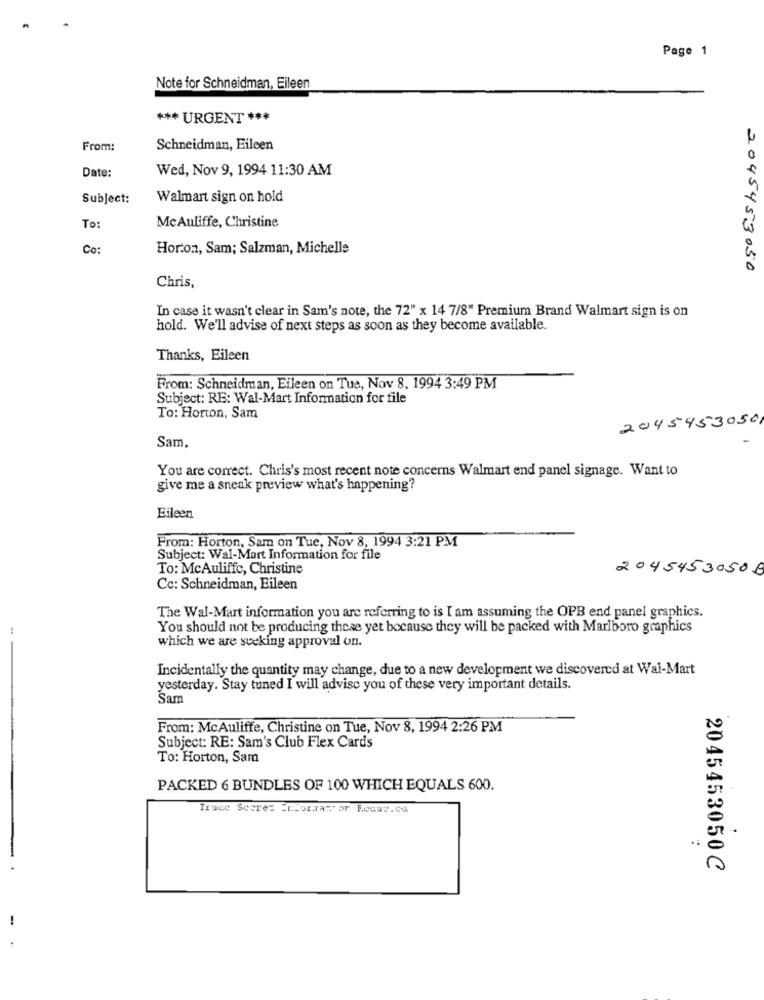
Page 1
Note for Schneidman, Eileen
*** URGENT ***
From:
Schneidman, Eileen
Date:
Wed, Nov 9, 1994 11:30 AM
Subject:
Walmart sign on hold
McAuliffe, Christine
To:
Co:
Horton, Sam; Salzman, Michelle
2045453050
Chris,
In case it wasn't clear in Sam's note, the 72" x 14 7/8" Premium Brand Walmart sign is on
hold. We'll advise of next steps as soon as they become available.
Thanks, Eileen
From: Schneidman, Eileen on Tue, Nov 8, 1994 3:49 PM
Subject: RE: Wal-Mart Information for file
To: Horton, Sam
2045453050
Sam,
You are correct. Chris's most recent note concerns Walmart end panel signage. Want to
give me a sneak preview what's happening?
Eileen
From: Horton, Sam on Tue, Nov 8, 1994 3:21 PM
Subject: Wal-Mart Information for file
To: McAuliffe, Christine
20454530508
Cc: Schneidman, Eileen
The Wal-Mart information you are referring to is I am assuming the OPB end panel graphics.
You should not be producing these yet because they will be packed with Marlboro graphics
which we are seeking approval on.
Incidentally the quantity may change, due to a new development we discovered at Wal-Mart
yesterday. Stay tuned I will advise you of these very important details.
Sam
From: McAuliffe, Christine on Tue, Nov 8, 1994 2:26 PM
Subject: RE: Sam's Club Flex Cards
To: Horton, Sam
PACKED 6 BUNDLES OF 100 WHICH EQUALS 600.
Trace Scores Entorxar or Focus.ca
.:
2045453050 C